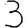
Digit: 3